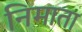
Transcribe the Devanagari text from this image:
निमाता